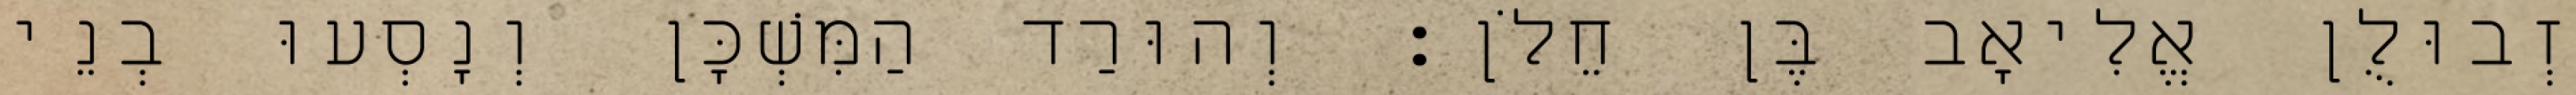
זְבוּלֻן אֱלִיאָב בֶּן חֵלֹן׃ וְהוּרַד הַמִּשְׁכָּן וְנָסְעוּ בְנֵי